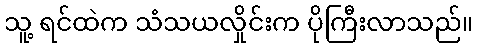
သူ့ ရင်ထဲက သံသယလှိုင်းက ပိုကြီးလာသည်။